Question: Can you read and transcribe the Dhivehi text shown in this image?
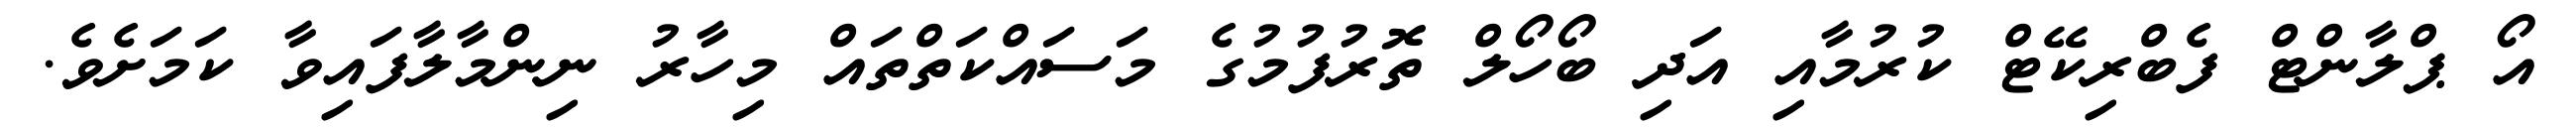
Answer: އޯ ޕްލާންޓް ފެބްރިކޭޓް ކުރުމާއި އަދި ބޯހޯލް ތޮރުފުމުގެ މަސައްކަތްތައް މިހާރު ނިންމާލާފައިވާ ކަމަށެވެ.